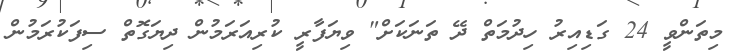
މިތަންވީ 24 ގަޑިއިރު ހިދުމަތް ދޭ ތަނަކަށް" ވިޔަފާރީ ކުރިއަރަމުން ދިޔަގޮތް ސިފަކުރަމުން